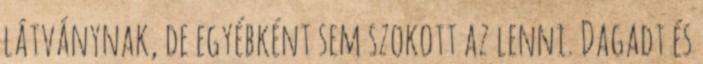
látványnak, de egyébként sem szokott az lenni. Dagadt és